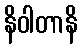
နိဝါတာနိ